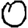
Digit: 0